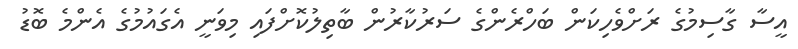
އީސާ ގާސިމުގެ ރަށްވެހިކަން ބަހްރެންގެ ސަރުކާރުން ބާތިލުކޮށްފައި މިވަނީ އެގައުމުގެ އެންމެ ބޮޑު